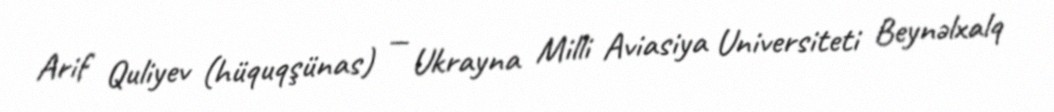
Arif Quliyev (hüquqşünas) — Ukrayna Milli Aviasiya Universiteti Beynəlxalq